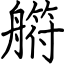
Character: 䒀